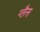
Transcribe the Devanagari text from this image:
ग्लैस